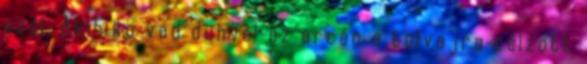
szól. Akihiko vad dühvel az arcán a tolvajra célzott